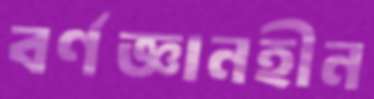
বর্ণজ্ঞানহীন